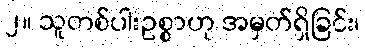
၂။ သူတစ်ပါးဥစ္စာဟု အမှတ်ရှိခြင်း၊